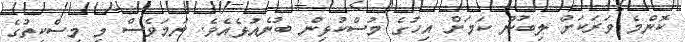
ކޮންމެ ވަރަކަށް ލިބުނު ކަމަށް އިހުގެ މުސްކުޅިން ބުނެއުޅެއެވެ. ނަމަވެސް މި މިސްކިތުގެ